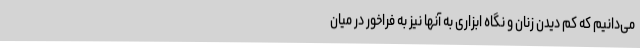
می‌دانیم که کم دیدن زنان و نگاه ابزاری به آنها نیز به فراخور در میان